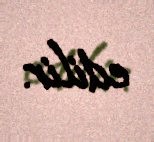
edilir.